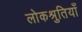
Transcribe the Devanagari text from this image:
लोकश्रुतियाँ